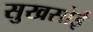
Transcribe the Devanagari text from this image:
सुखसोई